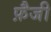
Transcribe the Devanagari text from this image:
फ़ैजी